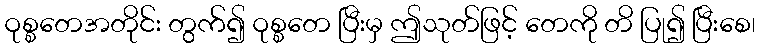
ဝုစ္စတေအတိုင်း တွက်၍ ဝုစ္စတေ ပြီးမှ ဤသုတ်ဖြင့် တေကို တိ ပြု၍ ပြီးစေ၊